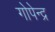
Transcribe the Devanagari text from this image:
गोपेन्द्र